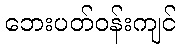
ဘေးပတ်ဝန်းကျင်